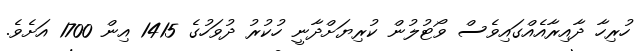
ހުރިހާ ދާއިރާއެއްގައިވެސް ވޯޓުލުން ކުރިޔަށްދާނީ ހުކުރު ދުވަހުގެ 1415 އިން 1700 އަށެވެ.